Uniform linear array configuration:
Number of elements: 12
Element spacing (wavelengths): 0.25
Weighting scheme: blackman
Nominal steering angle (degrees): -15
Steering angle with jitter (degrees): -15.139
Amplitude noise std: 0.05
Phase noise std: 0.05

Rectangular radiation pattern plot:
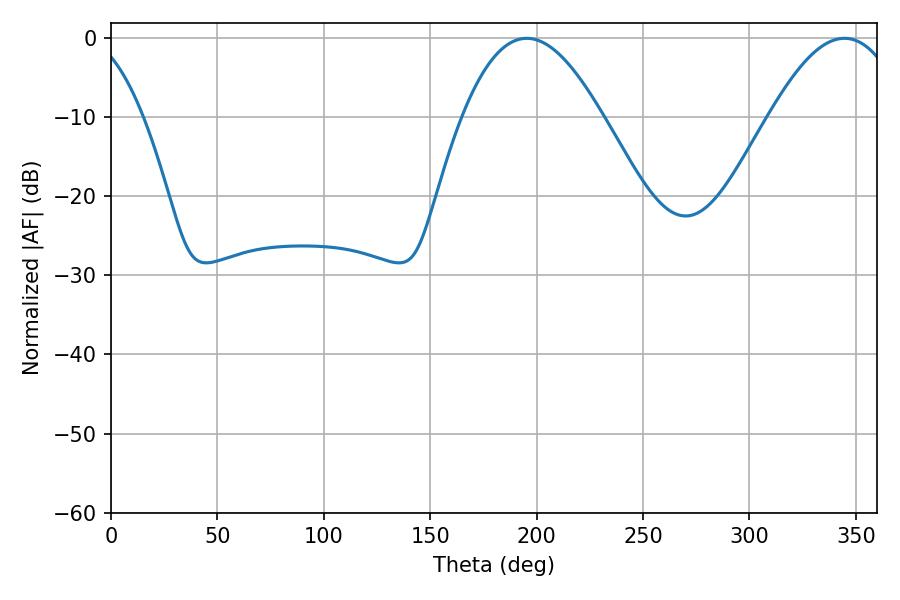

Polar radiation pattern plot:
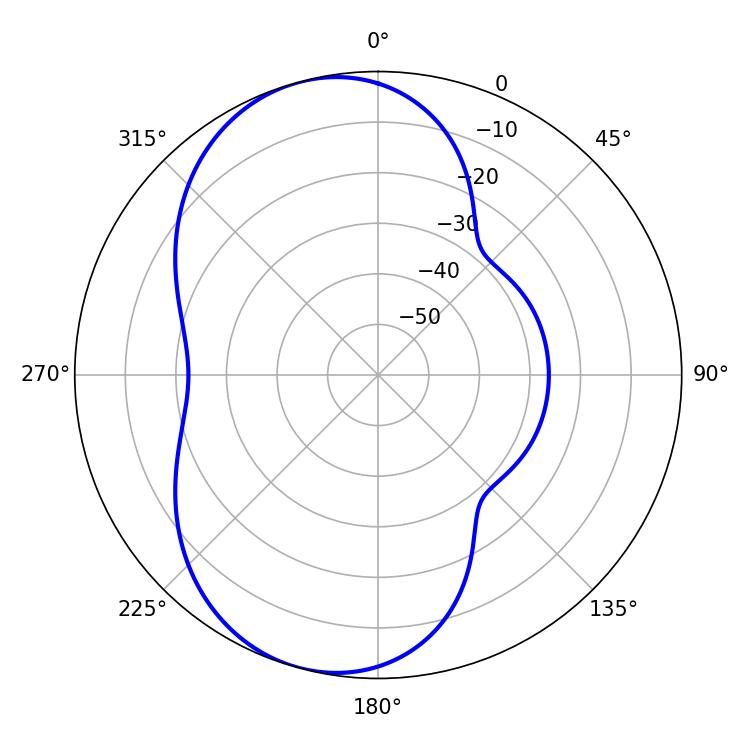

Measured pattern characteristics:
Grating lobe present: FALSE
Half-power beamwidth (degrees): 35.82
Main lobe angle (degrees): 195.3